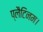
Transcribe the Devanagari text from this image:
प्लैटिनम।